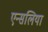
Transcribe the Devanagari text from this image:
एन्सलिया